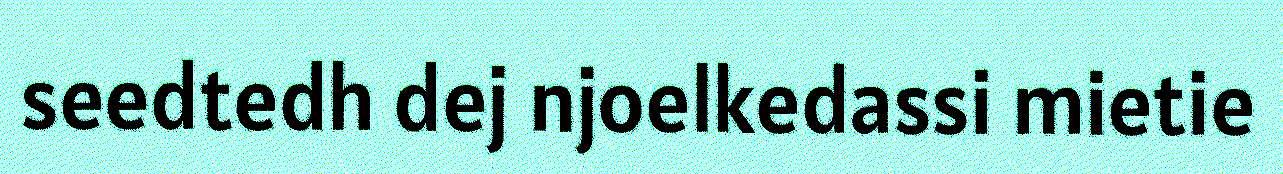
seedtedh dej njoelkedassi mietie